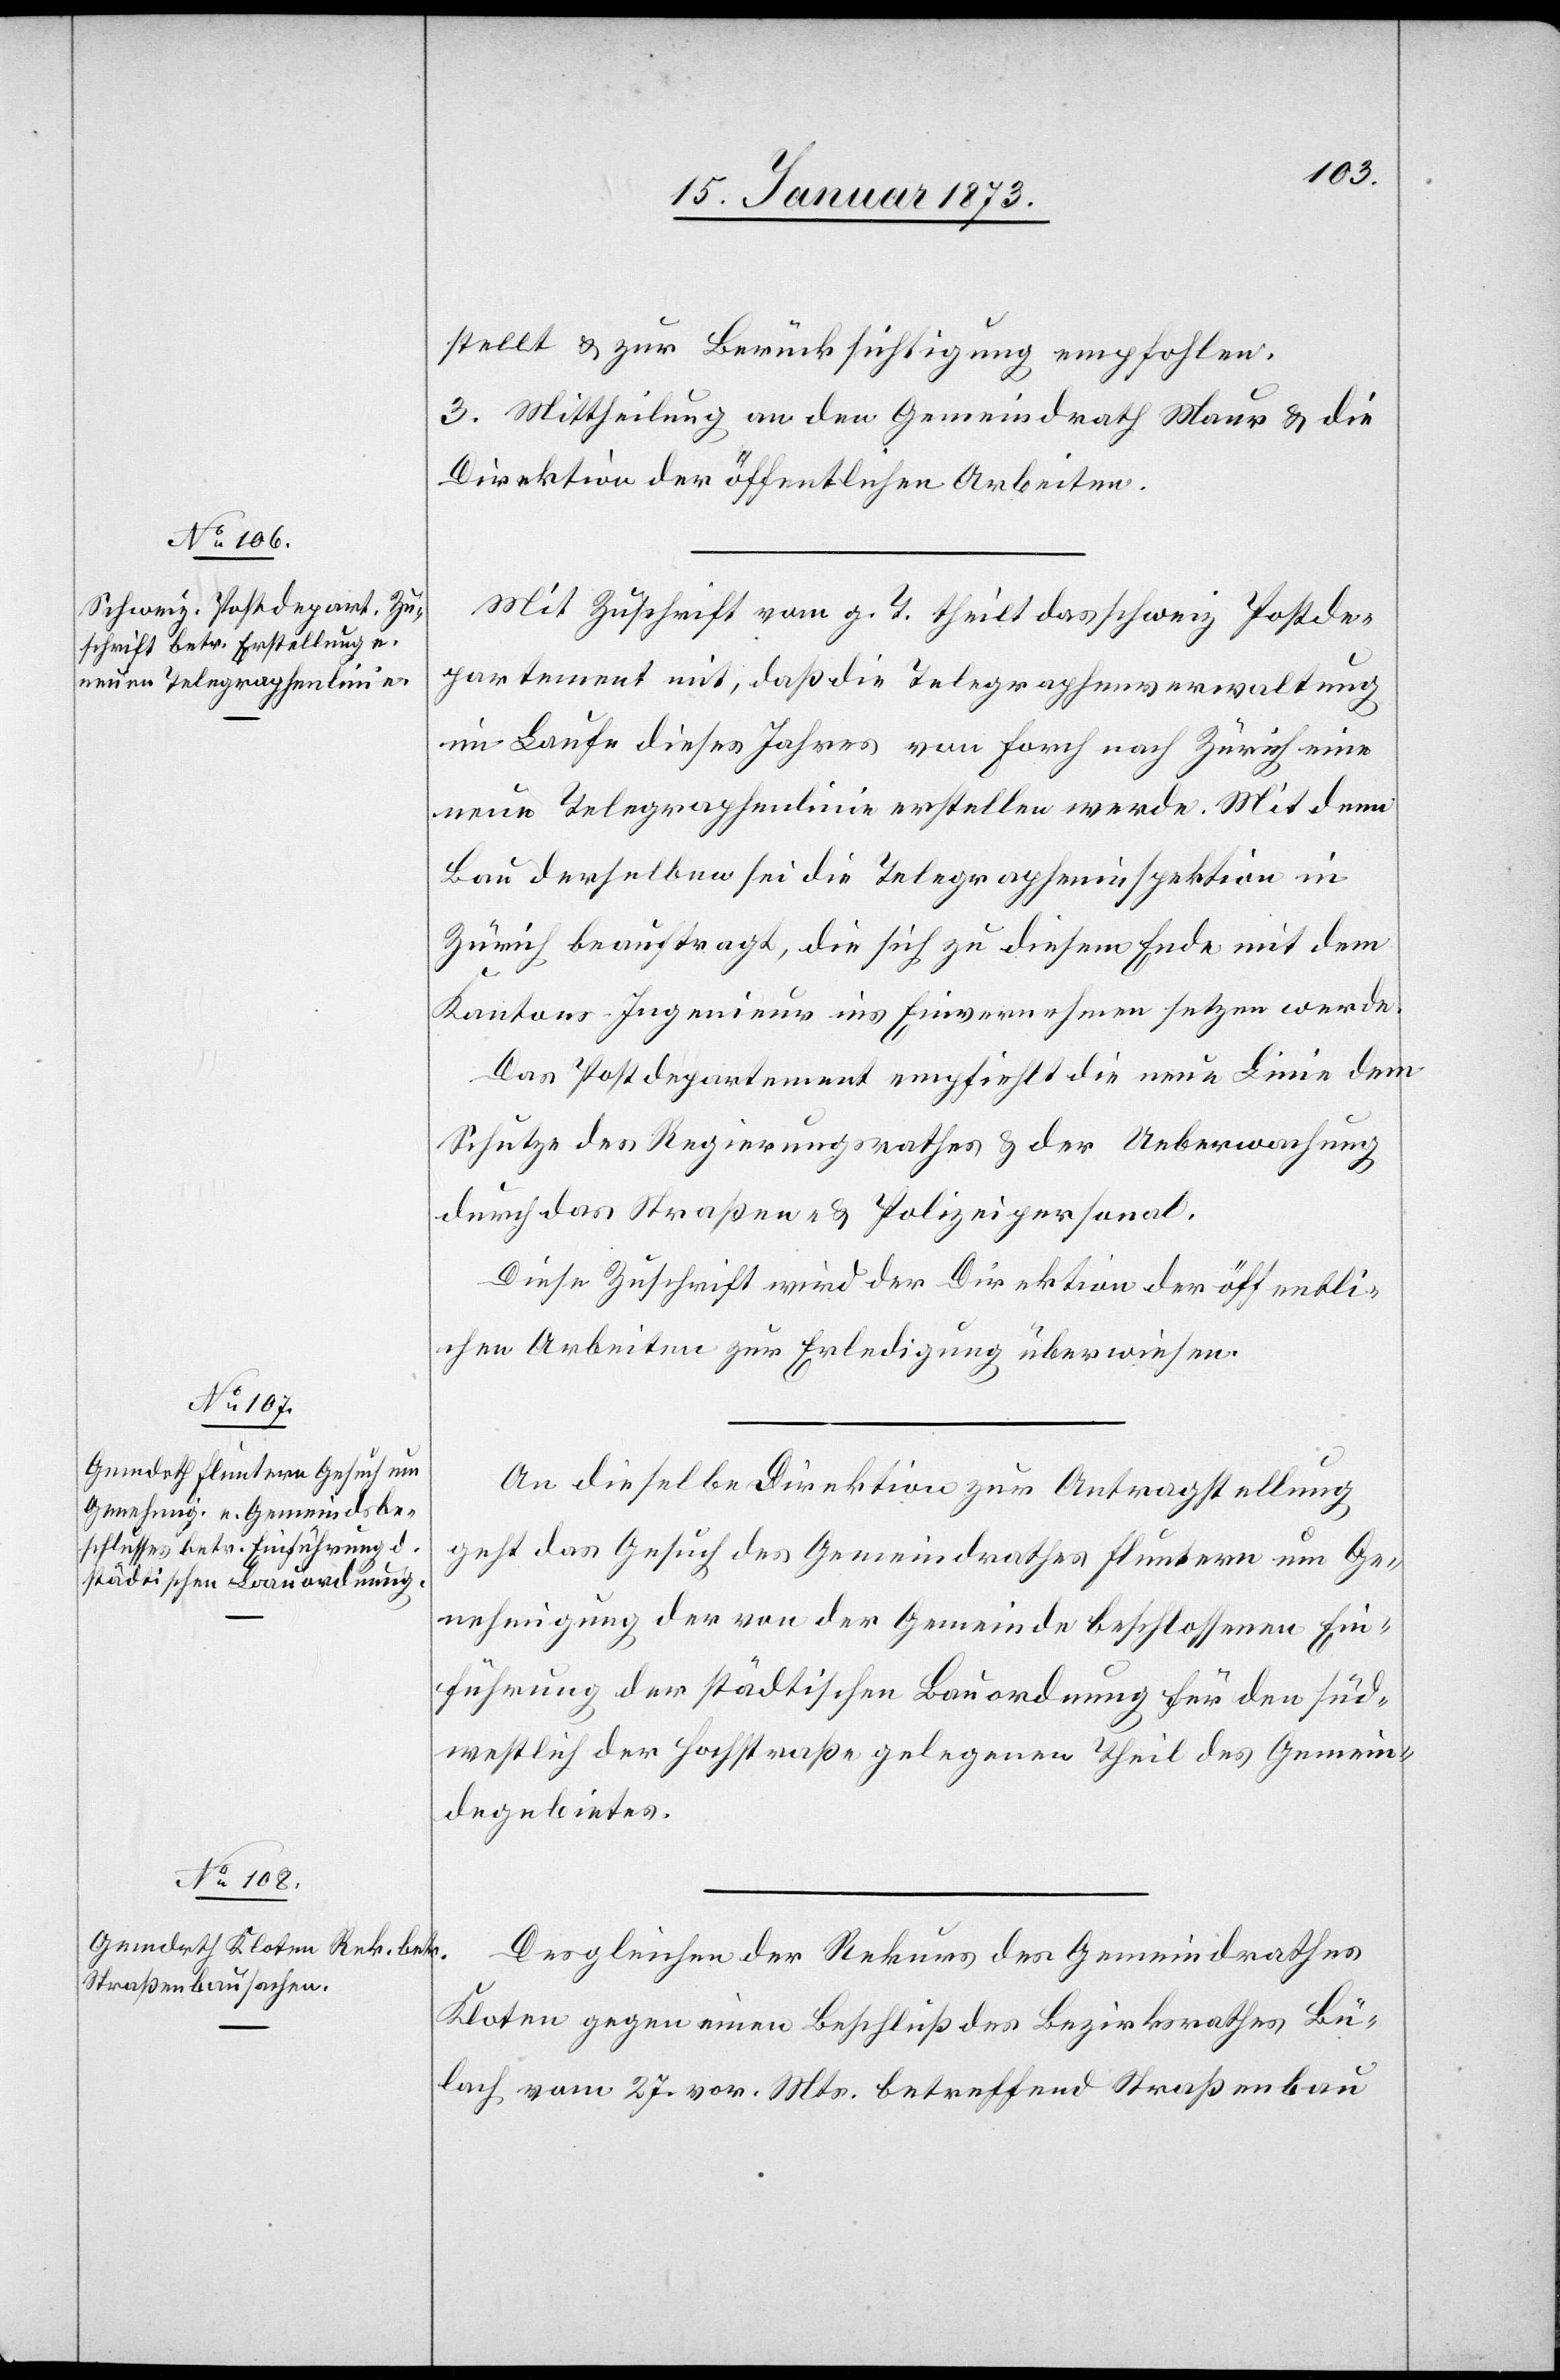
15. Januar 1873.]
stellt u. zur Berücksichtigung empfohlen.
3. Mittheilung an den Gemeindrath Maur u. die
Direktion der öffentlichen Arbeiten.
Mit Zuschrift vom g. T. theilt das schweiz. Postde¬
partement mit, daß die Telegraphenverwaltung
im Laufe dieses Jahres von Forch nach Zürich eine
neue Telegraphenlinie erstellen werde. Mit dem
Bau derselben sei die Telegrapheninspektion in
Zürich beauftragt, die sich zu diesem Ende mit dem
Kantons-Ingenieur ins Einvernehmen setzen werde.
Das Postdepartement empfiehlt die neue Linie dem
Schutze des Regierungsrathes u. der Ueberwachung
durch das Straßen- u. Polizeipersonal.
Diese Zuschrift wird der Direktion der öffentli¬
chen Arbeiten zur Erledigung überwiesen.
An dieselbe Direktion zur Antragstellung
geht das Gesuch des Gemeindrathes Fluntern um Ge¬
nehmigung der von der Gemeinde beschlossenen Ein¬
führung der städtischen Bauordnung für den süd¬
westlich der Hochstraße gelegenen Theil des Gemein¬
degebietes.
Desgleichen der Rekurs des Gemeindrathes
Kloten gegen einen Beschluß des Bezirksrathes Bü¬
lach vom 27. vor. Mts. betreffend Straßenbau